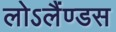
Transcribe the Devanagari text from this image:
लोऽलैंण्डस